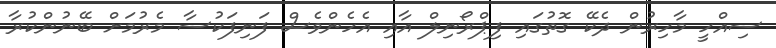
ސިއްހީ މާހިރުން ދެކޭ ގޮތުގައި ފިޕްރޯނިލް އާއި އެހެންވެސް ފަނިފަކުސާ މެރުމަށް ބޭނުންކުރާ